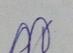
Signature authenticity: genuine